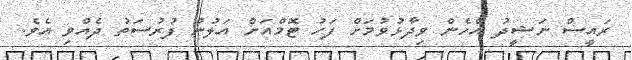
ރައީސް ނަޝީދު އެހެން ވިދާޅުވުމަށް ފަހު ޓޮމްއަށް އަލުން ފުރުސަތު ދެއްވި އެވެ.